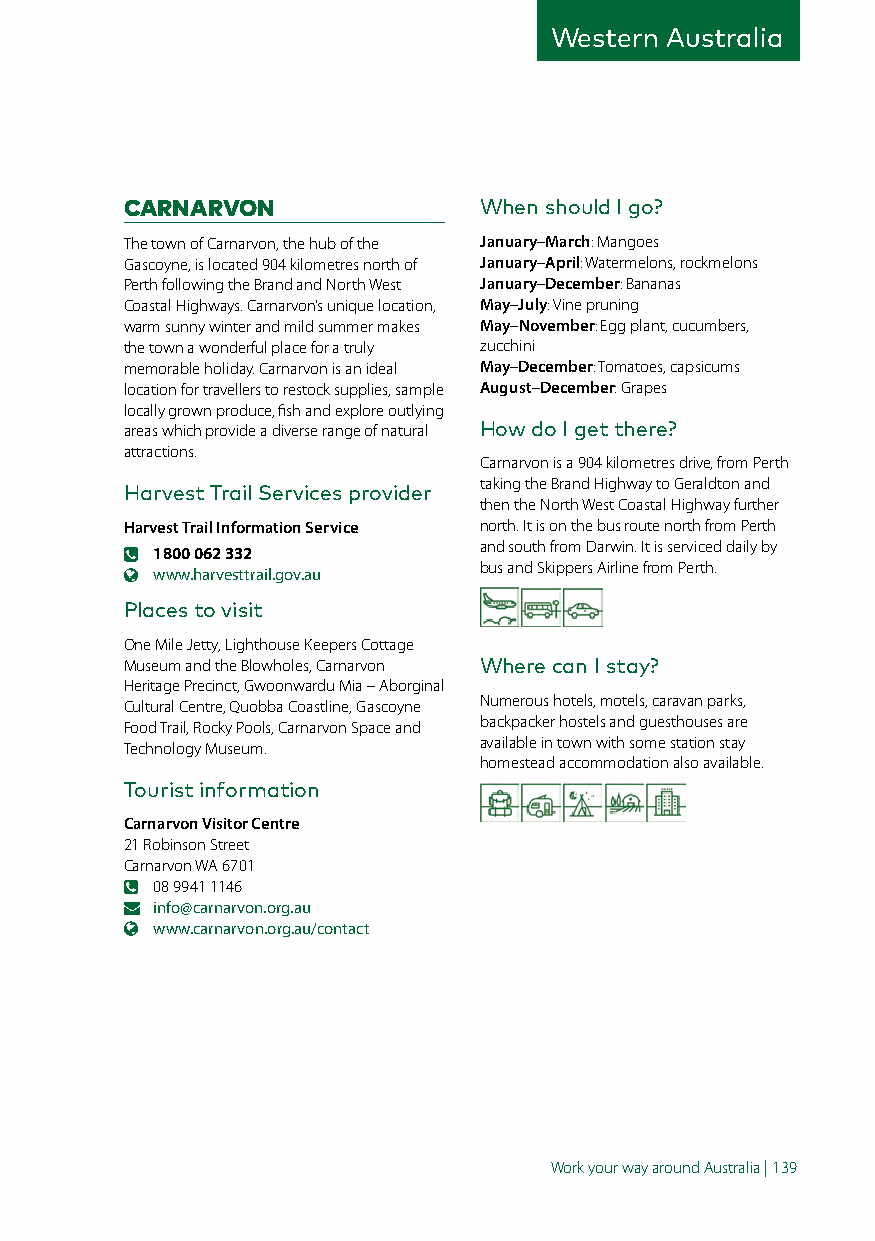
Western Australia
 CARNARVON               When should I go?
 The town of Carnarvon, the hub of the January–March: Mangoes
 Gascoyne, is located 904 kilometres north of January–April: Watermelons, rockmelons
 Perth following the Brand and North West January–December: Bananas
 Coastal Highways. Carnarvon’s unique location, May–July: Vine pruning
 warm sunny winter and mild summer makes May–November: Egg plant, cucumbers,
 the town a wonderful place for a truly zucchini
 memorable holiday. Carnarvon is an ideal May–December: Tomatoes, capsicums
 location for travellers to restock supplies, sample August–December: Grapes
 locally grown produce, fish and explore outlying
 areas which provide a diverse range of natural How do I get there?
 attractions.
 Carnarvon is a 904 kilometres drive, from Perth
 taking the Brand Highway to Geraldton and
 Harvest Trail Services provider
 then the North West Coastal Highway further
 Harvest Trail Information Service north. It is on the bus route north from Perth
 and south from Darwin. It is serviced daily by
 1800 062 332
 bus and Skippers Airline from Perth.
 www.harvesttrail.gov.au
 Places to visit
 One Mile Jetty, Lighthouse Keepers Cottage
 Museum and the Blowholes, Carnarvon Where can I stay?
 Heritage Precinct, Gwoonwardu Mia – Aborginal
 Numerous hotels, motels, caravan parks,
 Cultural Centre, Quobba Coastline, Gascoyne
 backpacker hostels and guesthouses are
 Food Trail, Rocky Pools, Carnarvon Space and
 available in town with some station stay
 Technology Museum.
 homestead accommodation also available.
 Tourist information
 Carnarvon Visitor Centre
 21 Robinson Street
 Carnarvon WA 6701
 08 9941 1146
 info@carnarvon.org.au
 www.carnarvon.org.au/contact
 Work your way around Australia | 139